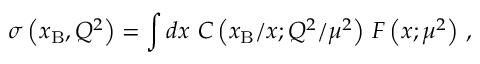
\sigma \left( x _ { \mathrm { B } } , Q ^ { 2 } \right) = \int d x \ C \left( x _ { \mathrm { B } } / x ; Q ^ { 2 } / \mu ^ { 2 } \right) \, F \left( x ; \mu ^ { 2 } \right) \, ,